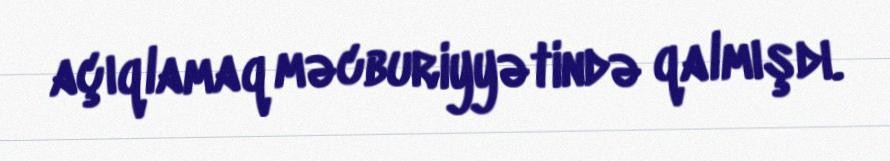
açıqlamaq məcburiyyətində qalmışdı.